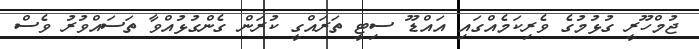
ޖުމްހޫރީ ގުޅުމުގެ ވެރިކަމެއްގައި އައްޑޫ ސިޓީ ތަރައްގީ ކުރަން ގެންގުޅުއްވާ ތަސައްވުރު ވެސް